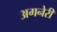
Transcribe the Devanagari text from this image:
अगनेरी